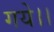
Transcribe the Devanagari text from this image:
गये।।